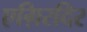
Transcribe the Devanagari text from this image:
एग़िरदिर